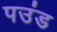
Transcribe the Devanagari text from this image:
पउंड